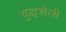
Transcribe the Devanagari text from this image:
युद्धशैली